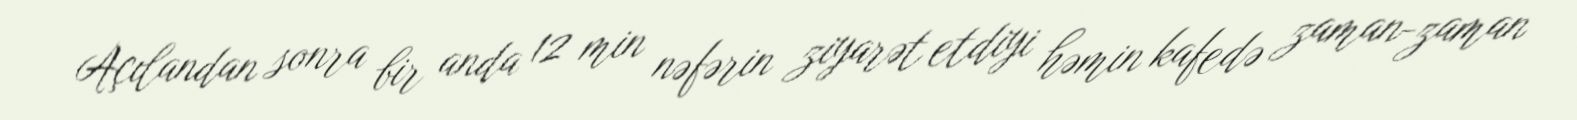
Açılandan sonra bir anda 12 min nəfərin ziyarət etdiyi həmin kafedə zaman-zaman